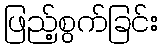
ဖြည့်စွက်ခြင်း